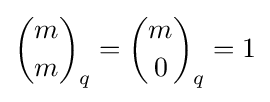
{m \choose m}_{q}={m \choose 0}_{q}=1